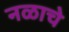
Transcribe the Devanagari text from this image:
नळाचे